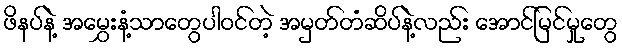
ဖိနပ်နဲ့ အမွှေးနံ့သာတွေပါဝင်တဲ့ အမှတ်တံဆိပ်နဲ့လည်း အောင်မြင်မှုတွေ